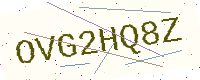
Text: OVG2HQ8Z